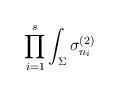
LaTeX: \begin{align*}\prod_{i=1}^{s} \int_{\Sigma} \sigma_{n_i}^{(2)}\end{align*}